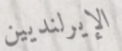
الإيرلنديين